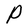
Character: P